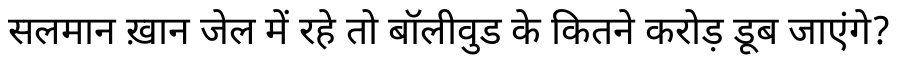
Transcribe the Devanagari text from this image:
सलमान ख़ान जेल में रहे तो बॉलीवुड के कितने करोड़ डूब जाएंगे?